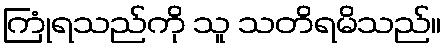
ကြုံရသည်ကို သူ သတိရမိသည်။